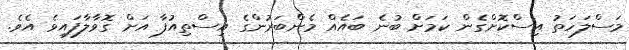
މަސްލަހަތު އިސްކޮށްގެން ކަމަށް ބުނެ ބައެއް މެންބަރުންގެ އިސްތިއުފާ އަށް ގޮވާލާފައިވެ އެވެ.